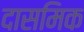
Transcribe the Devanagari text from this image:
दासमिक